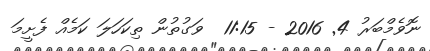
ނޮވެމްބަރު 4